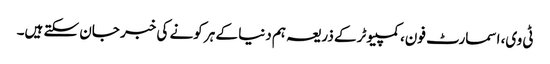
ٹی وی، اسمارٹ فون، کمپیوٹر کے ذریعہ ہم دنیا کے ہر کونے کی خبر جان سکتے ہیں۔